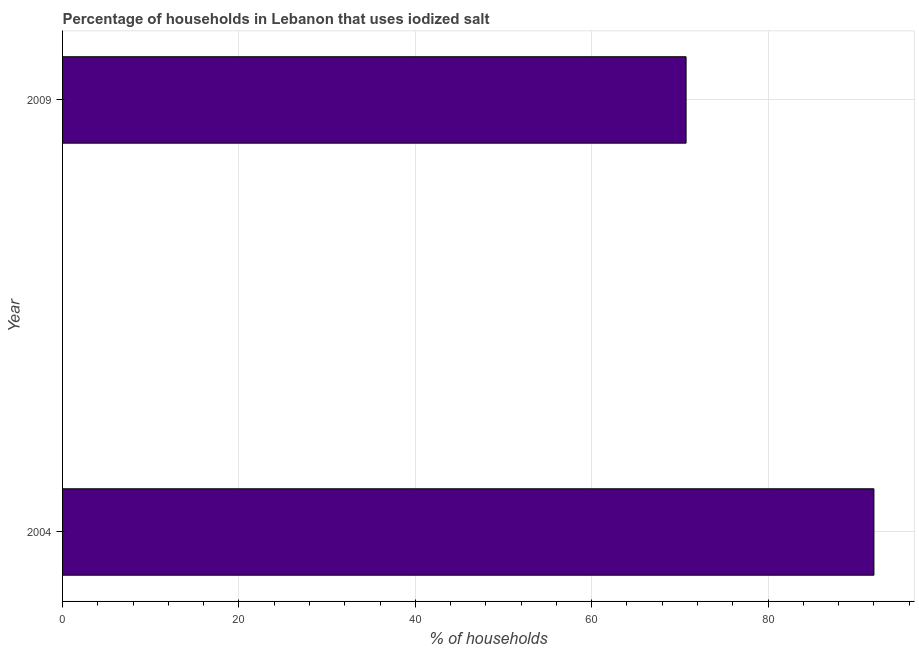
| Year | Consumption of iodized salt |
 | --- | --- |
 | 2004 | 92 |
 | 2009 | 70.7 |